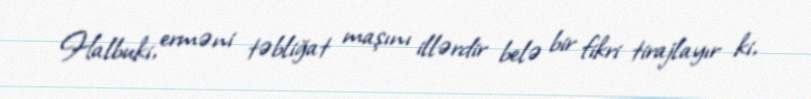
Halbuki, erməni təbliğat maşını illərdir belə bir fikri tirajlayır ki,